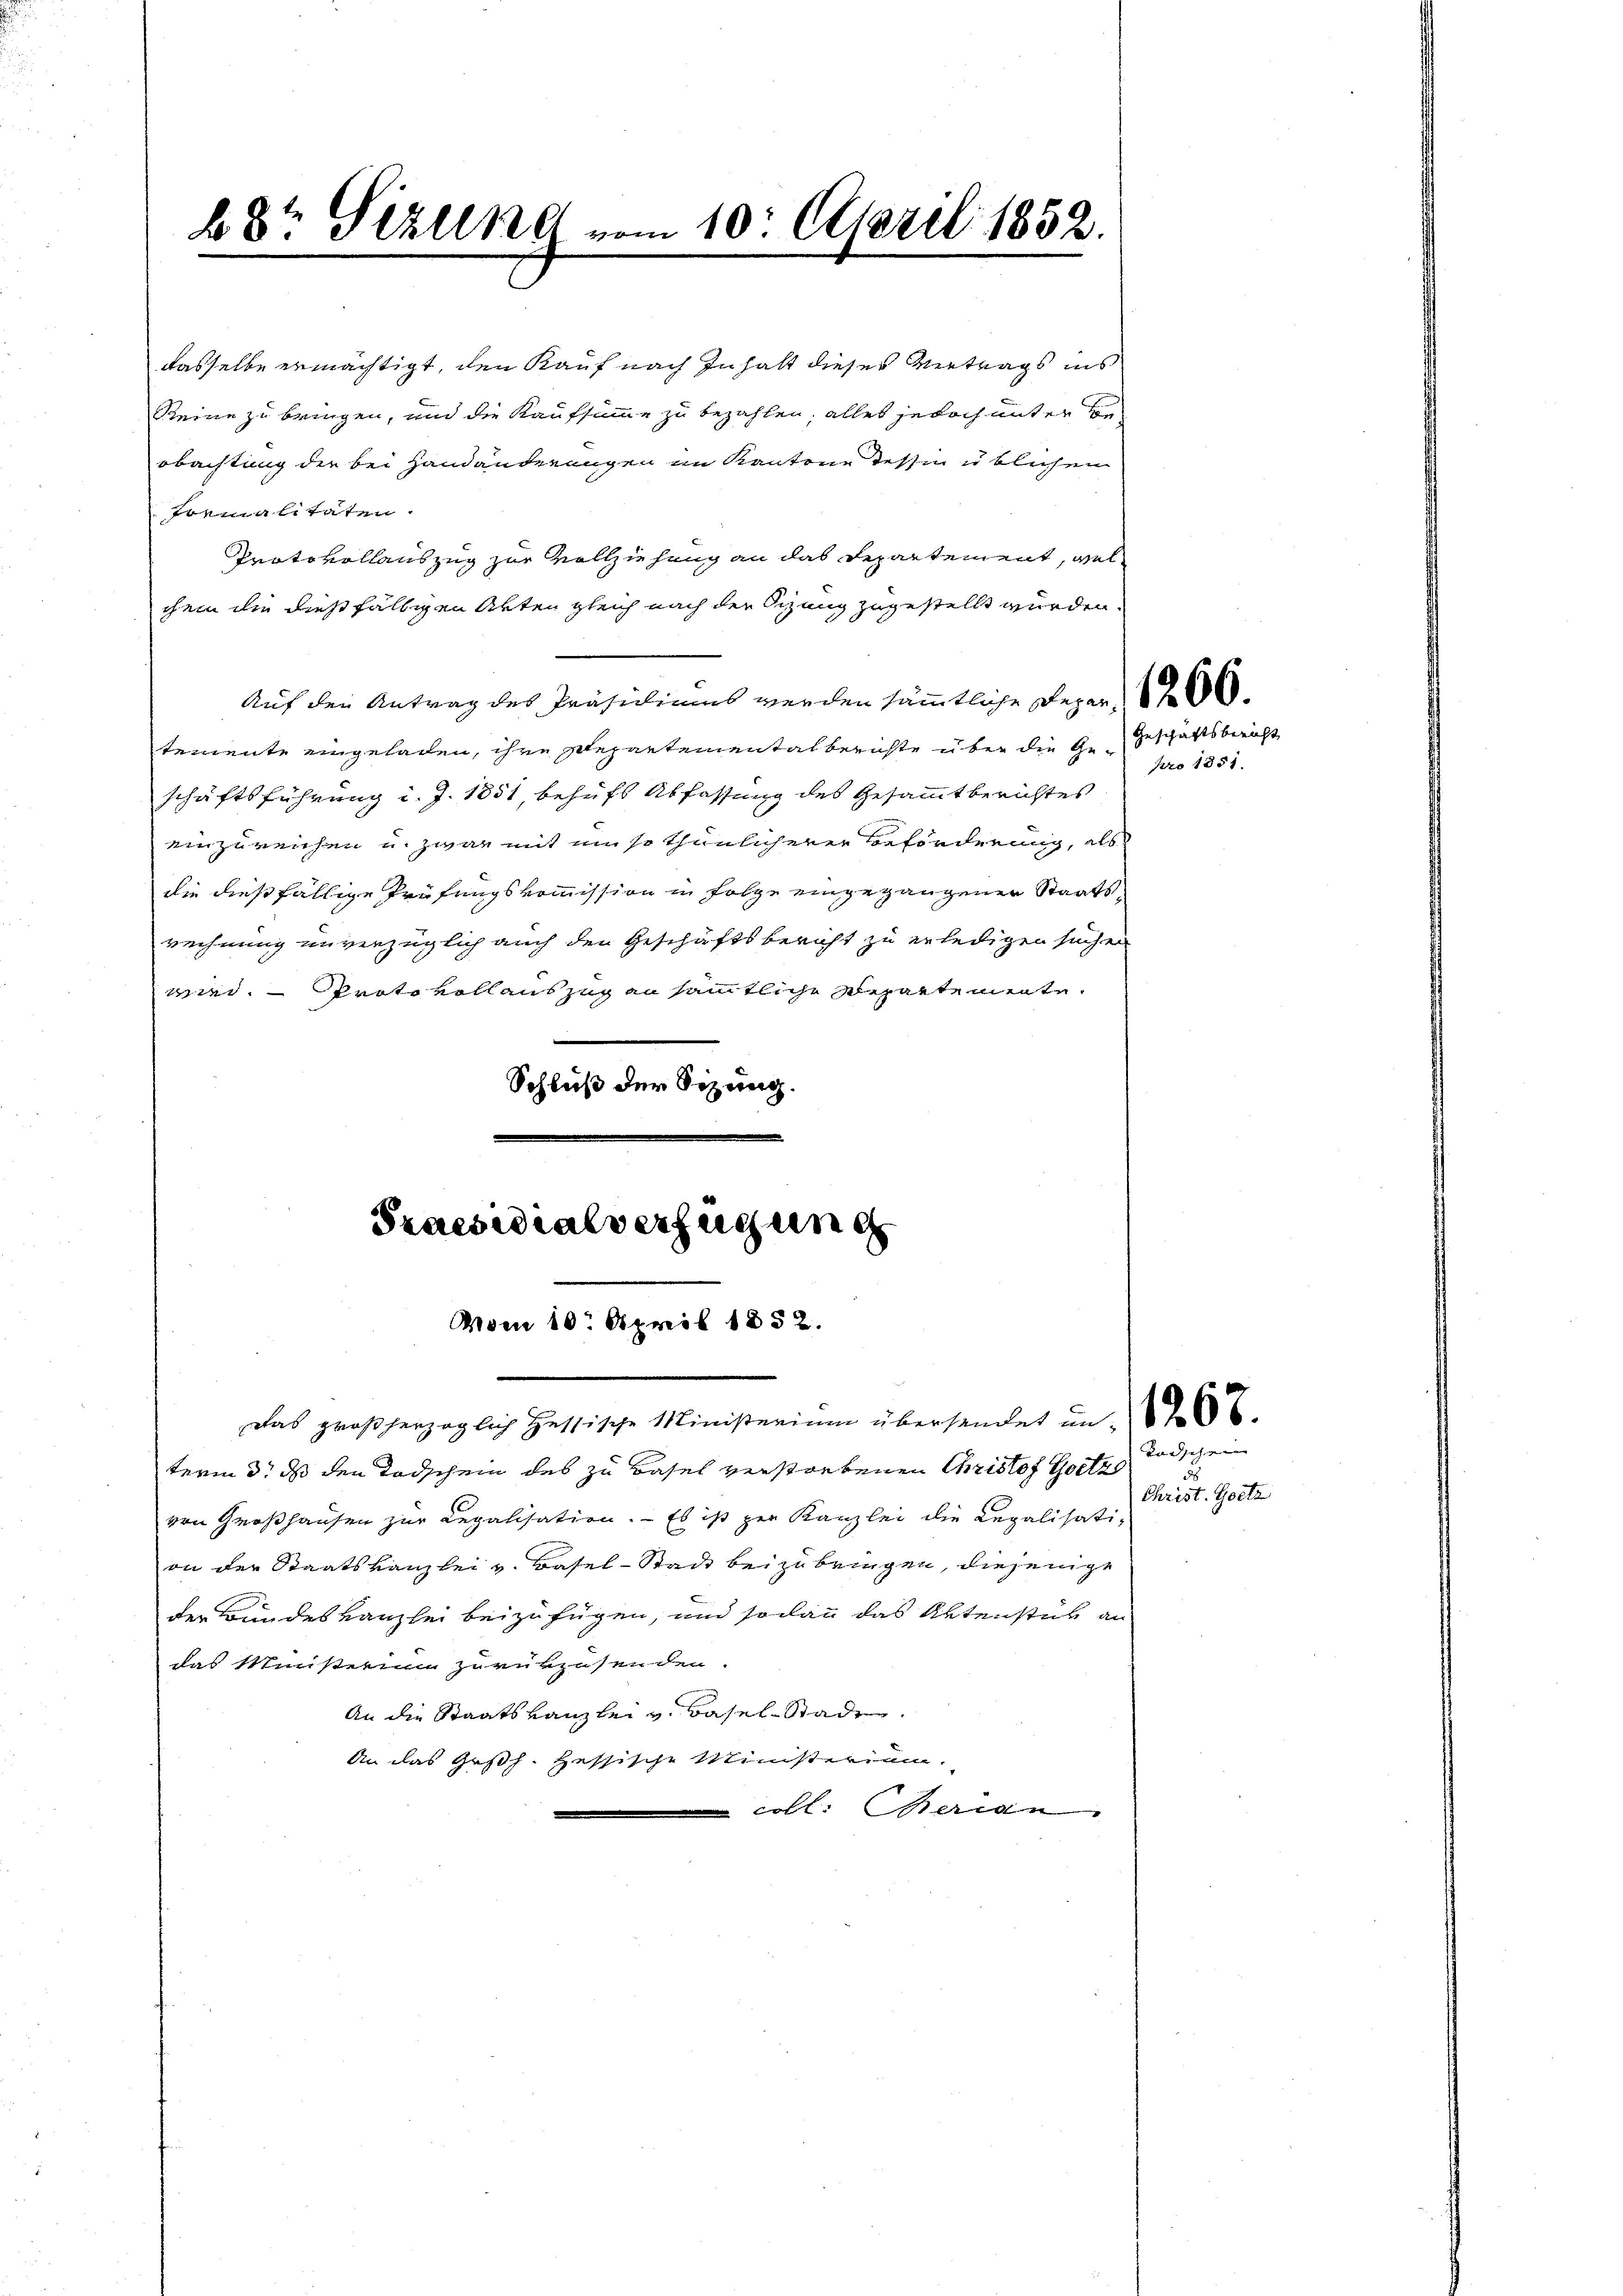
68te Sizung vom 10. April 1852.

dasselbe ermächtigt, den Kauf nach Inhalt dieses Vertrags ins
Reine zu bringen, und die Kaufsumme zu bezahlen; alles jedoch unter Be-
obachtung der bei Handänderungen im Kantone dessen u. blichen
formalitäten.
Protokollauszug zur Vollziehung an das Departement, wel
chem die dießfälligen Akten gleich nach der Sizung zugestellt wurden.
Auf den Antrag des Präsidiums werden sämmtliche Depar
temente eingeladen, ihre Departementalberichte über die Ge-Geschäftsbericht
schäftsführung d. J. 1851, behufs Abfassung des Gesammtberichtes
einzureichen u. zwar mit ein so thunlicherer Beförderung, als
die dießfällige Prüfungskommission in Folge eingegangenen Staatsrechnung unverzüglich auch den Geschäftsbericht zu erledigen suchen
wird. — Proto voll auszug an sämmtliche Repartemente.
Schluß der Sizung.

Praesidialverfügung
Vom 10. April 1852.

pro 1851.

Das großherzoglich Hessische Ministerium übersendet un
term 3. ds den Todschein des zu Basel verstorbenen Christof Gotz
von Großhausen zur Legalisation. Es ist zur Kanzlei die Regalisation der Staatskanzlei v. Basel-Stadt beizubringen, diejenige
der Bundeskanzlei beizufügen, und sodann das Aktenstück an
das Ministerium zurükzusenden.
An die Staatskanzlei v. Basel-Stade
An das Gesch. Hessische Ministerium.
coll. Weige

Todschen
Christ. Gotte